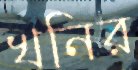
খনির